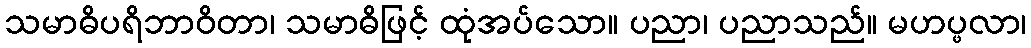
သမာဓိပရိဘာဝိတာ၊ သမာဓိဖြင့် ထုံအပ်သော။ ပညာ၊ ပညာသည်။ မဟပ္ဖလာ၊